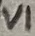
Text: VI